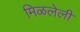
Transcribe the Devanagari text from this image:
मिळलेली